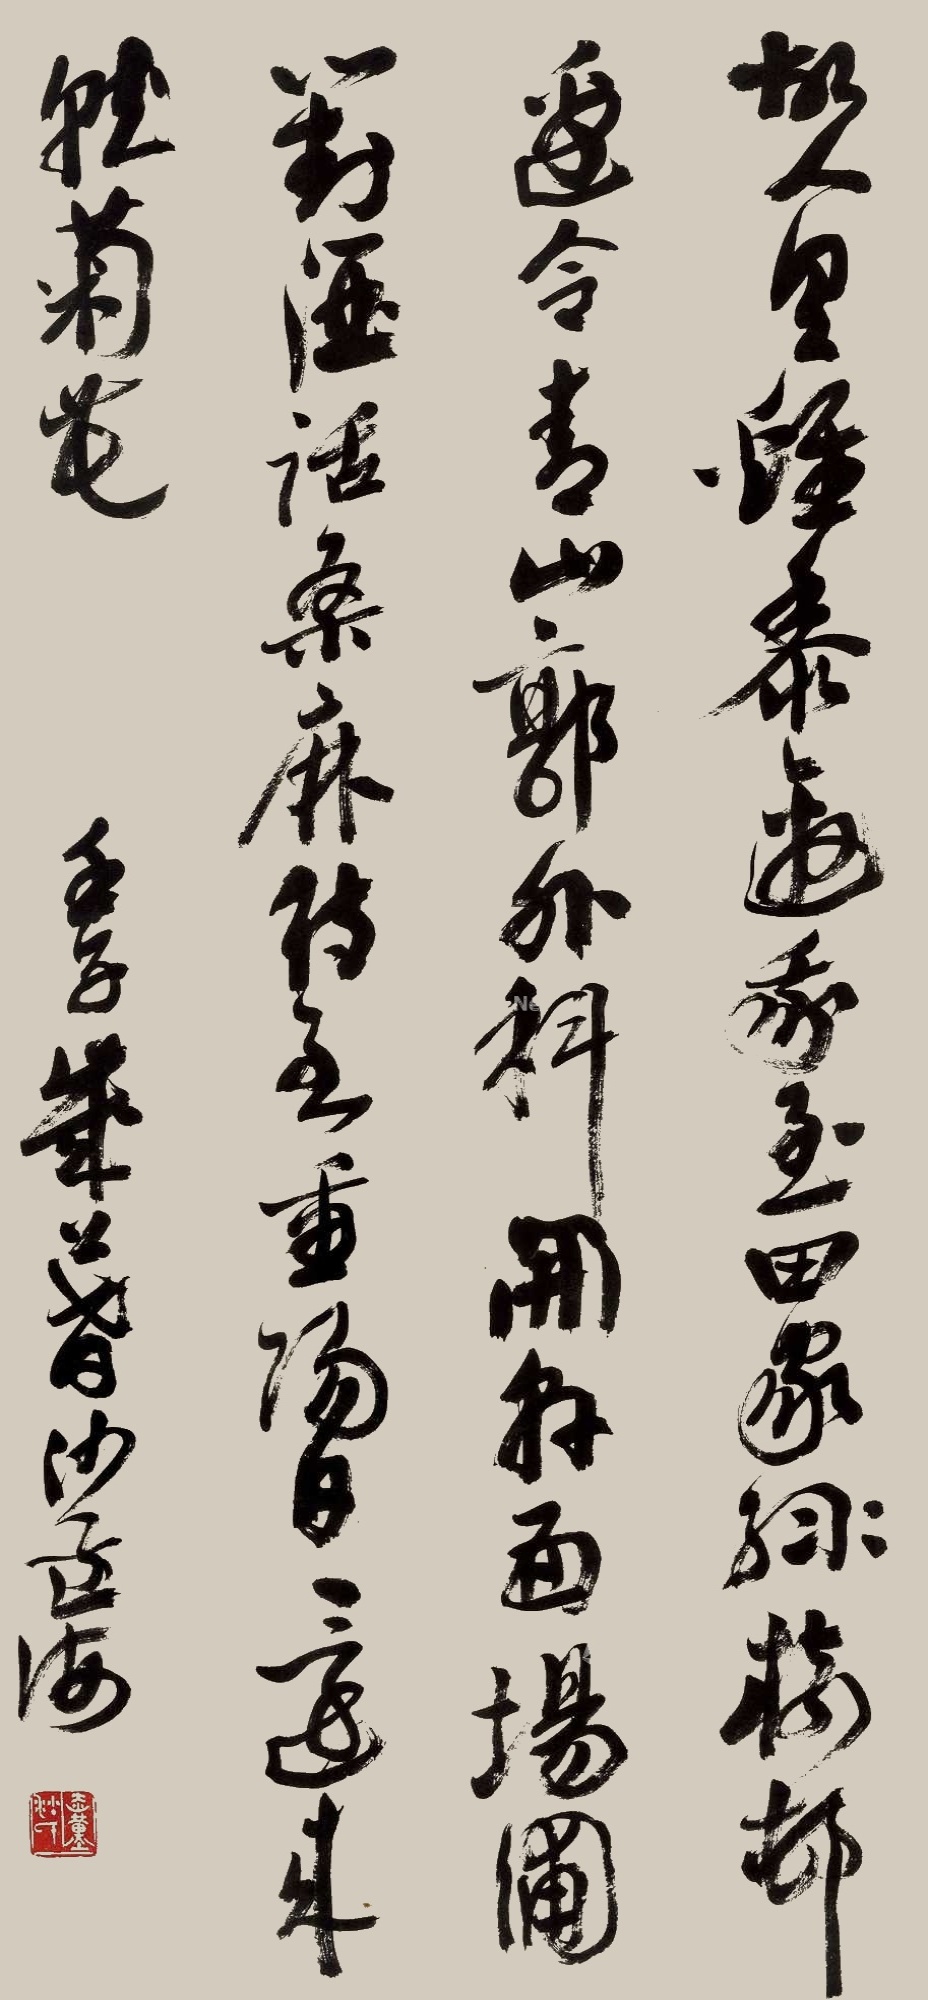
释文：故人具鸡黍，邀我至田家。绿树村边合，青山郭外斜。开轩面场圃，把酒话桑麻。待到重阳日，还来就菊花。壬子岁暮沙孟海